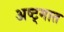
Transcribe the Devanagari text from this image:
अष्ट्मात